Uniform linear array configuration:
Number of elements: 12
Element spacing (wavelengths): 0.5
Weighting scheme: hamming
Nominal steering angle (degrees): -15
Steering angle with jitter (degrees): -16.369
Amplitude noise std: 0.05
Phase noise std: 0.05

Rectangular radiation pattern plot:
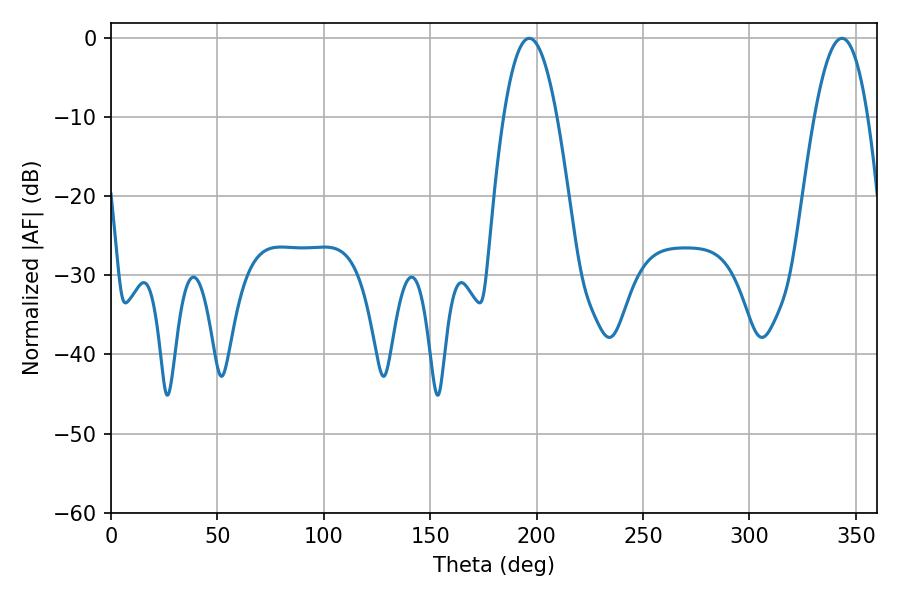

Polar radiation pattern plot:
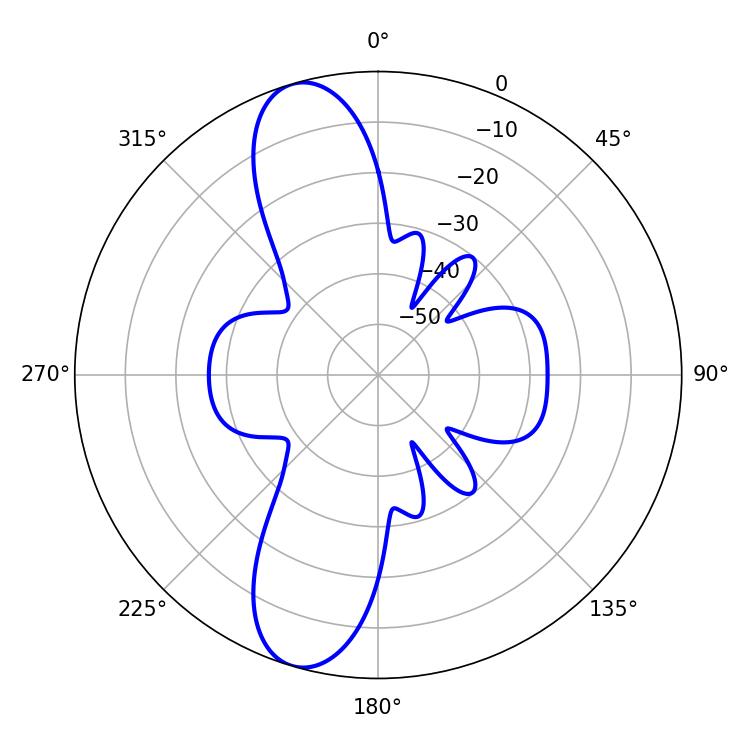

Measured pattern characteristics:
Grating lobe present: FALSE
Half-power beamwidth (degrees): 13.86
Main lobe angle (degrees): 343.44